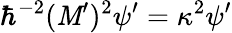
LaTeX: \hbar^{-2}(\mathit{M}^{\prime})^{2}\psi^{\prime}=\kappa^{2}\psi^{\prime}